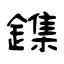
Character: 鏶